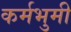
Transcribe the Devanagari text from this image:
कर्मभुमी